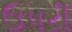
ઉ૫રી